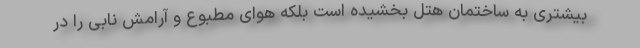
بیشتری به ساختمان هتل بخشیده است بلکه هوای مطبوع و آرامش نابی را در